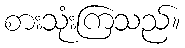
စားသုံးကြသည်။